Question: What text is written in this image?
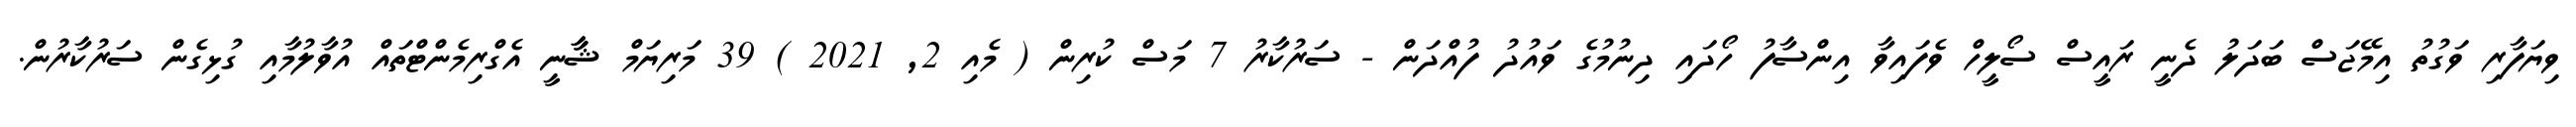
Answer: ވިޔަފާރި ވަގުތު އިމޭޖަސް ބަދަލު ދެނީ ރައީސް ސޯލީހް ވެފައިވާ އިންސާފު ހޯދައި ދިނުމުގެ ވައުދު ފުއްދަން - ސަރުކާރު 7 މަސް ކުރިން ( މެއި 2, 2021 ) 39 މަރިޔަމް ޝާާނީ އެގްރިމެންޓްތައް އުވާލުމާއި ގުޅިގެން ސަރުކާރުން.